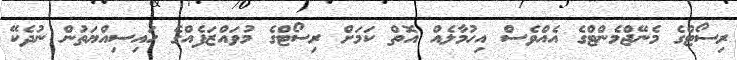
ރިސޯޓްގެ މެނޭޖްމެންޓްގެ އެއްވެސް އިހުމާލެއް އޮތް ކަމަށް ރިސޯޓްގެ މުވައްޒަފެއްގެ ހައިސިއްޔަތުން ނުދެކޭ